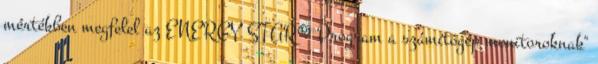
mértékben megfelel az ENERGY STAR® Program a számítógép monitoroknak"